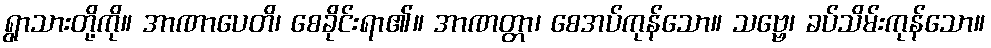
ရွာသားတို့ကို။ အာဏာပေတိ၊ စေခိုင်းရာ၏။ အာဏတ္တာ၊ စေအပ်ကုန်သော။ သဗ္ဗေ၊ ခပ်သိမ်းကုန်သော။